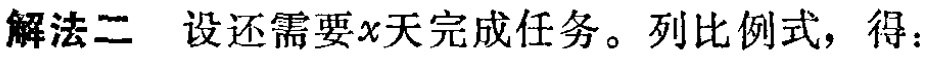
解法二 设还需要\(x\)天完成任务。列比例式，得：